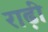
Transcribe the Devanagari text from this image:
राढ़ी